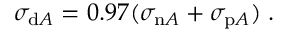
\sigma _ { \mathrm { d } A } = 0 . 9 7 ( \sigma _ { \mathrm { n } A } + \sigma _ { \mathrm { p } A } ) \; .